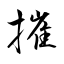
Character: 摧